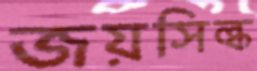
জয়সিল্ক